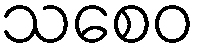
သစေဝ